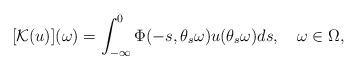
LaTeX: \begin{align*}[\mathcal{K}(u)](\omega)=\int_{-\infty}^0\Phi(-s,\theta_s\omega)u(\theta_s\omega)ds,\quad\omega\in\Omega,\end{align*}